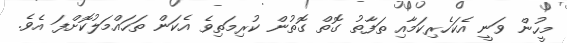
މީހުން ވަނީ އެކަހެރިކަމާއި ތަފާތު ގޮތް ގޮތުން ކުރިމަތިވެ އެކަން ތަހައްމަލުކޮށްފަ އެވެ.